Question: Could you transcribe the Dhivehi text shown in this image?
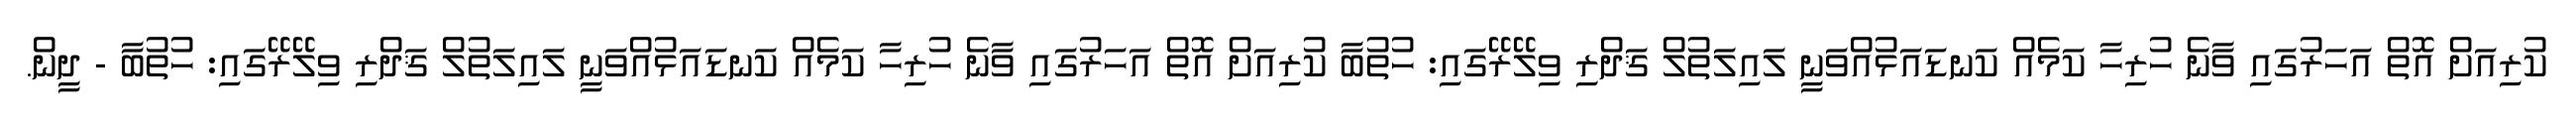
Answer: ކުރިއަށް އޮތް އަހަރުގައި ވާނެ ހުރިހާ ކަމެއް ކަނޑައަޅުއްވަނީ ލައިލަތުލް ޤަދްރި ވިލޭރޭގައި: ހުތުބާ ކުރިއަށް އޮތް އަހަރުގައި ވާނެ ހުރިހާ ކަމެއް ކަނޑައަޅުއްވަނީ ލައިލަތުލް ޤަދްރި ވިލޭރޭގައި: ހުތުބާ - ދީން.